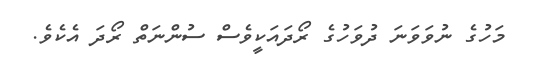
މަހުގެ ނުވަވަނަ ދުވަހުގެ ރޯދައަކީވެސް ސުންނަތް ރޯދަ އެކެވެ.